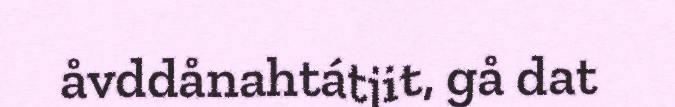
åvddånahtátjit, gå dat